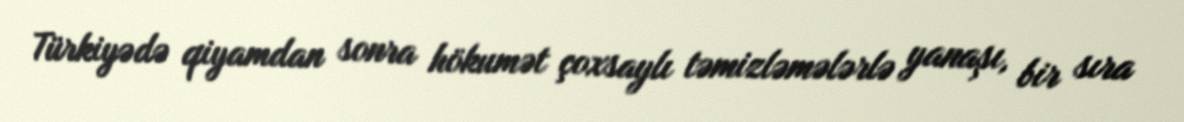
Türkiyədə qiyamdan sonra hökumət çoxsaylı təmizləmələrlə yanaşı, bir sıra